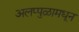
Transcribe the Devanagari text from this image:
अलप्पुळामधून